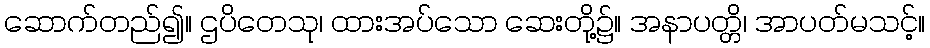
ဆောက်တည်၍။ ဌပိတေသု၊ ထားအပ်သော ဆေးတို့၌။ အနာပတ္တိ၊ အာပတ်မသင့်။